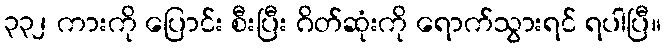
၃၃၂ ကားကို ပြောင်း စီးပြီး ဂိတ်ဆုံးကို ရောက်သွားရင် ရပါပြီ။